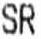
SR